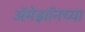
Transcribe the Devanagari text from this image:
अॅमेझॉनच्या